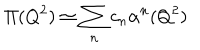
\Pi ( Q ^ { 2 } ) \simeq \sum _ { n } c _ { n } \alpha ^ { n } ( Q ^ { 2 } )